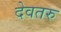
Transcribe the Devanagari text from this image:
देवतरु